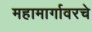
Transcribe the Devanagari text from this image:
महामार्गावरचे